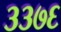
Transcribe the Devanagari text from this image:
३३७६